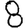
Digit: 8